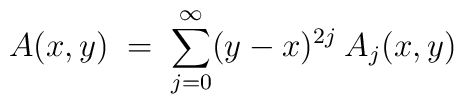
A(x,y) \;=\; \sum_{j=0}^\infty (y-x)^{2j} \:A_j(x,y)